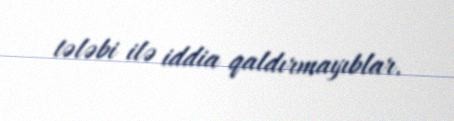
tələbi ilə iddia qaldırmayıblar.